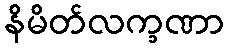
နိမိတ်လက္ခဏာ